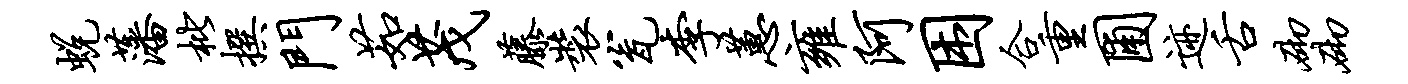
蜕藩枇撰门茹茂藤装瓮李蕙雍阿困合重圃迹舌砌砌